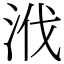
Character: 浌